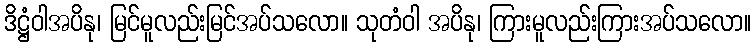
ဒိဋ္ဌံဝါအပိနု၊ မြင်မူလည်းမြင်အပ်သလော။ သုတံဝါ အပိနု၊ ကြားမူလည်းကြားအပ်သလော။